Scottish Certificate of Education, 1962
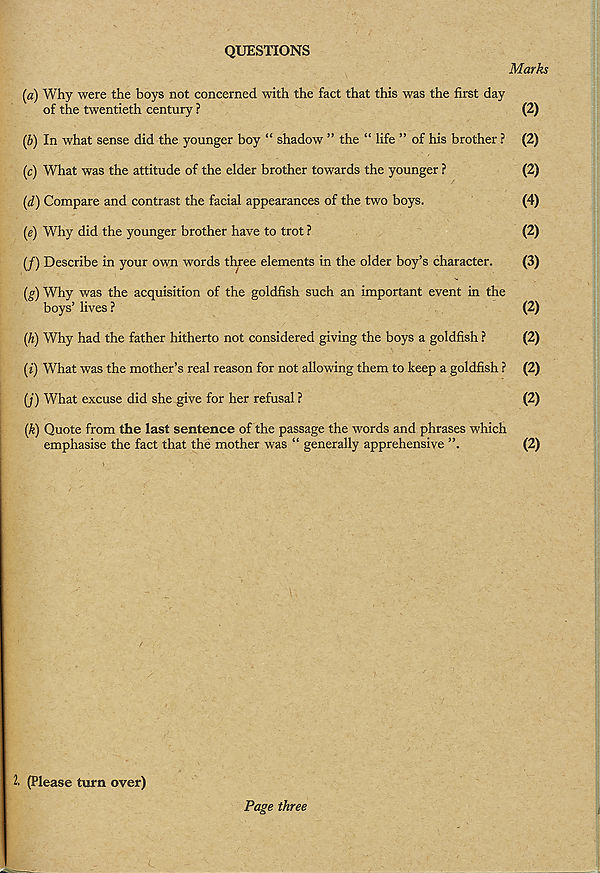
QUESTIONS
Marks
(a) Why were the boys not concerned with the fact that this was the first day
of the twentieth century ?
(2)
(b) In what sense did the younger boy “ shadow ” the “ life ” of his brother ? (2)
(c) What was the attitude of the elder brother towards the younger ?
(2)
(d) Compare and contrast the facial appearances of the two boys.
(4)
(e) Why did the younger brother have to trot ?
(2)
(/) Describe in your own words three elements in the older boy’s character.
(3)
(g) Why was the acquisition of the goldfish such an important event in the
boys’ lives ?
(2)
(h) Why had the father hitherto not considered giving the boys a goldfish ?
(2)
(?) What was the mother’s real reason for not allowing them to keep a goldfish ? (2)
(j) What excuse did she give for her refusal ?
(2)
(k) Quote from the last sentence of the passage the words and phrases which
emphasise the fact that the mother was “ generally apprehensive ”.
(2)
2. (Please turn over)
Page three